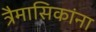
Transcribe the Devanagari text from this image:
त्रैमासिकांना